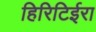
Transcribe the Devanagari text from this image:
हिरिटिईरा